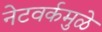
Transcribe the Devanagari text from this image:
नेटवर्कमुळे